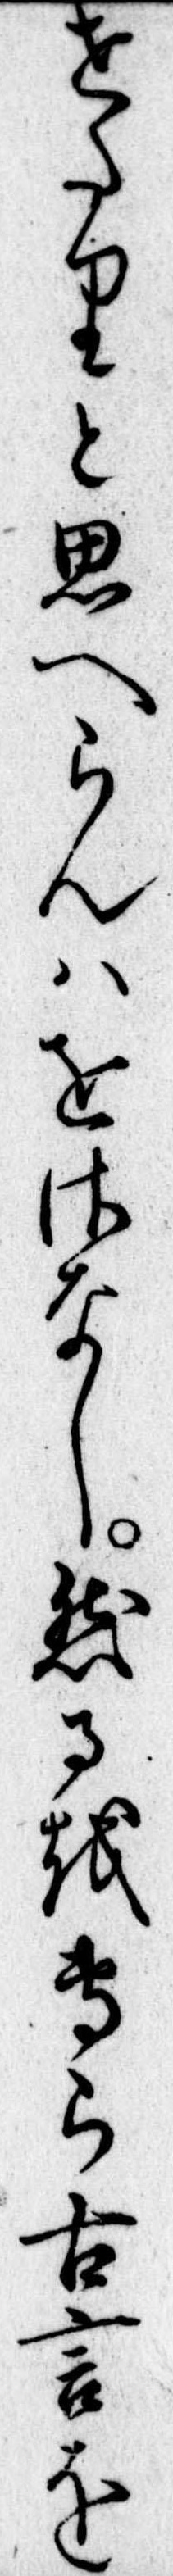
せたりと思へらんはをさなし然るを専ら古言を